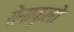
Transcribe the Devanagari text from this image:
सेनाकुलो